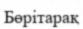
Бөрітарақ